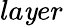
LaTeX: la\mathit{y}er